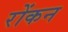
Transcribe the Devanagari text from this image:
रोंकन